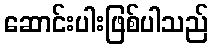
ဆောင်းပါးဖြစ်ပါသည်